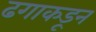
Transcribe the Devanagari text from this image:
ढगाकडून